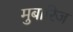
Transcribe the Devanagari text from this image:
मुबारिज